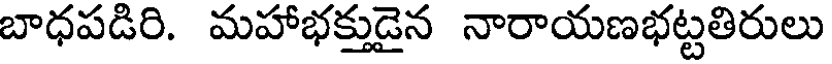
బాధపడిరి. మహాభక్తుడైన నారాయణభట్టతిరులు